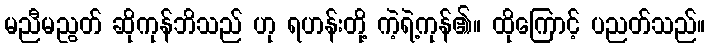
မညီမညွတ် ဆိုကုန်ဘိသည် ဟု ရဟန်းတို့ ကဲ့ရဲ့ကုန်၏။ ထိုကြောင့် ပညတ်သည်။